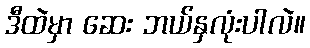
ဒီထဲမှာ ဆေး ဘယ်နှလုံးပါလဲ။